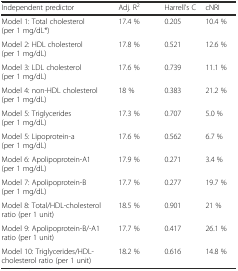
<table><thead><tr><td><b>Independent predictor</b></td><td><b>Adj. R<sup>2</sup></b></td><td><b>Harrell’s C</b></td><td><b>cNRI</b></td></tr></thead><tbody><tr><td>Model 1: Total cholesterol (per 1 mg/dL*)</td><td>17.4 %</td><td>0.205</td><td>10.4 %</td></tr><tr><td>Model 2: HDL cholesterol (per 1 mg/dL)</td><td>17.8 %</td><td>0.521</td><td>12.6 %</td></tr><tr><td>Model 3: LDL cholesterol (per 1 mg/dL)</td><td>17.6 %</td><td>0.739</td><td>11.1 %</td></tr><tr><td>Model 4: non-HDL cholesterol (per 1 mg/dL)</td><td>18 %</td><td>0.383</td><td>21.2 %</td></tr><tr><td>Model 5: Triglycerides (per 1 mg/dL)</td><td>17.3 %</td><td>0.707</td><td>5.0 %</td></tr><tr><td>Model 5: Lipoprotein-a (per 1 mg/dL)</td><td>17.6 %</td><td>0.562</td><td>6.7 %</td></tr><tr><td>Model 6: Apolipoprotein-A1 (per 1 mg/dL)</td><td>17.9 %</td><td>0.271</td><td>3.4 %</td></tr><tr><td>Model 7: Apolipoprotein-B (per 1 mg/dL)</td><td>17.7 %</td><td>0.277</td><td>19.7 %</td></tr><tr><td>Model 8: Total/HDL-cholesterol ratio (per 1 unit)</td><td>18.5 %</td><td>0.901</td><td>21 %</td></tr><tr><td>Model 9: Apolipoprotein-B/-A1 ratio (per 1 unit)</td><td>17.7 %</td><td>0.417</td><td>26.1 %</td></tr><tr><td>Model 10: Triglycerides/HDL-cholesterol ratio (per 1 unit)</td><td>18.2 %</td><td>0.616</td><td>14.8 %</td></tr></tbody></table>